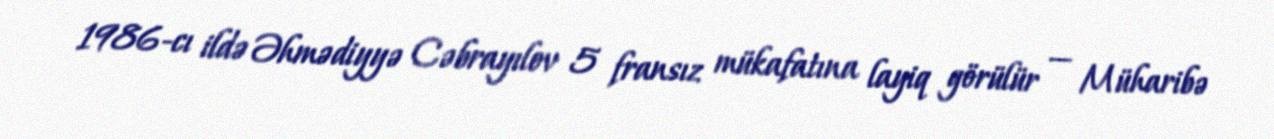
1986-cı ildə Əhmədiyyə Cəbrayılov 5 fransız mükafatına layiq görülür — Müharibə